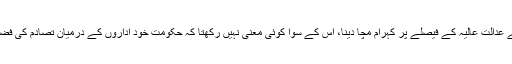
اس طرح ایک دم سے عدالتِ عالیہ کے فیصلے پر کہرام مچا دینا، اس کے سوا کوئی معنی نہیں رکھتا کہ حکومت خود اداروں کے درمیان تصادم کی فضا ہموار کر رہی ہے۔